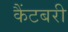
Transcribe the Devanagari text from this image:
कैंटबरी